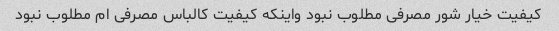
کیفیت خیار شور مصرفی مطلوب نبود واینکه کیفیت کالباس مصرفی ام مطلوب نبود